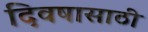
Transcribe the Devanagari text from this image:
दिवषासाठी